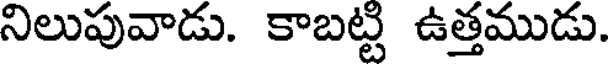
నిలుపువాడు. కాబట్టి ఉత్తముడు.